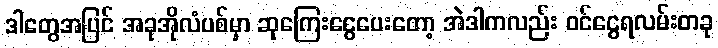
ဒါတွေအပြင် အခုအိုလံပစ်မှာ ဆုကြေးငွေပေးတော့ အဲဒါကလည်း ဝင်ငွေရလမ်းတခု